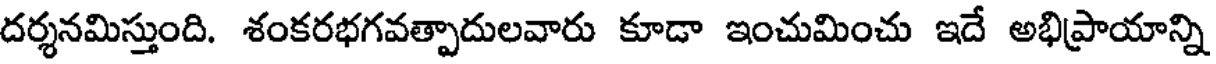
దర్శనమిస్తుంది. శంకరభగవత్పాదులవారు కూడా ఇంచుమించు ఇదే అభిప్రాయాన్ని